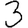
Digit: 3